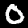
Digit: 0